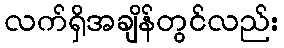
လက်ရှိအချိန်တွင်လည်း